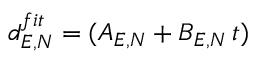
d _ { E , N } ^ { f i t } = ( A _ { E , N } + B _ { E , N } \, t )